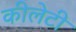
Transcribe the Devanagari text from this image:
कीलेटी